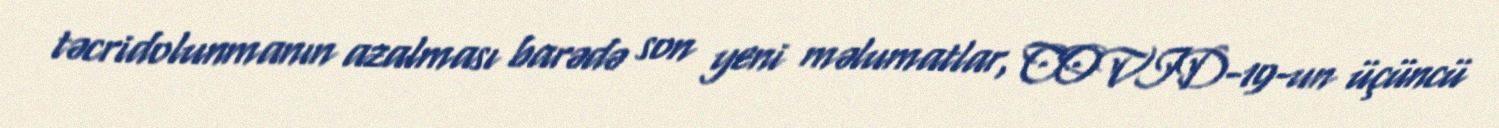
təcridolunmanın azalması barədə son yeni məlumatlar, COVID-19-un üçüncü